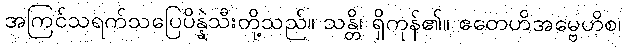
အကြင်သရက်သပြေပိန္နဲသီးတို့သည်။ သန္တိ၊ ရှိကုန်၏။ ဧတေဟိအမ္ဗေဟိစ၊